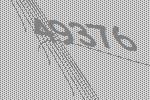
49376